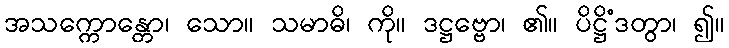
အသက္ကောန္တော၊ သော။ သမာဓိ၊ ကို။ ဒဋ္ဌဗ္ဗော၊ ၏။ ပိဋ္ဌိံဒတွာ၊ ၍။